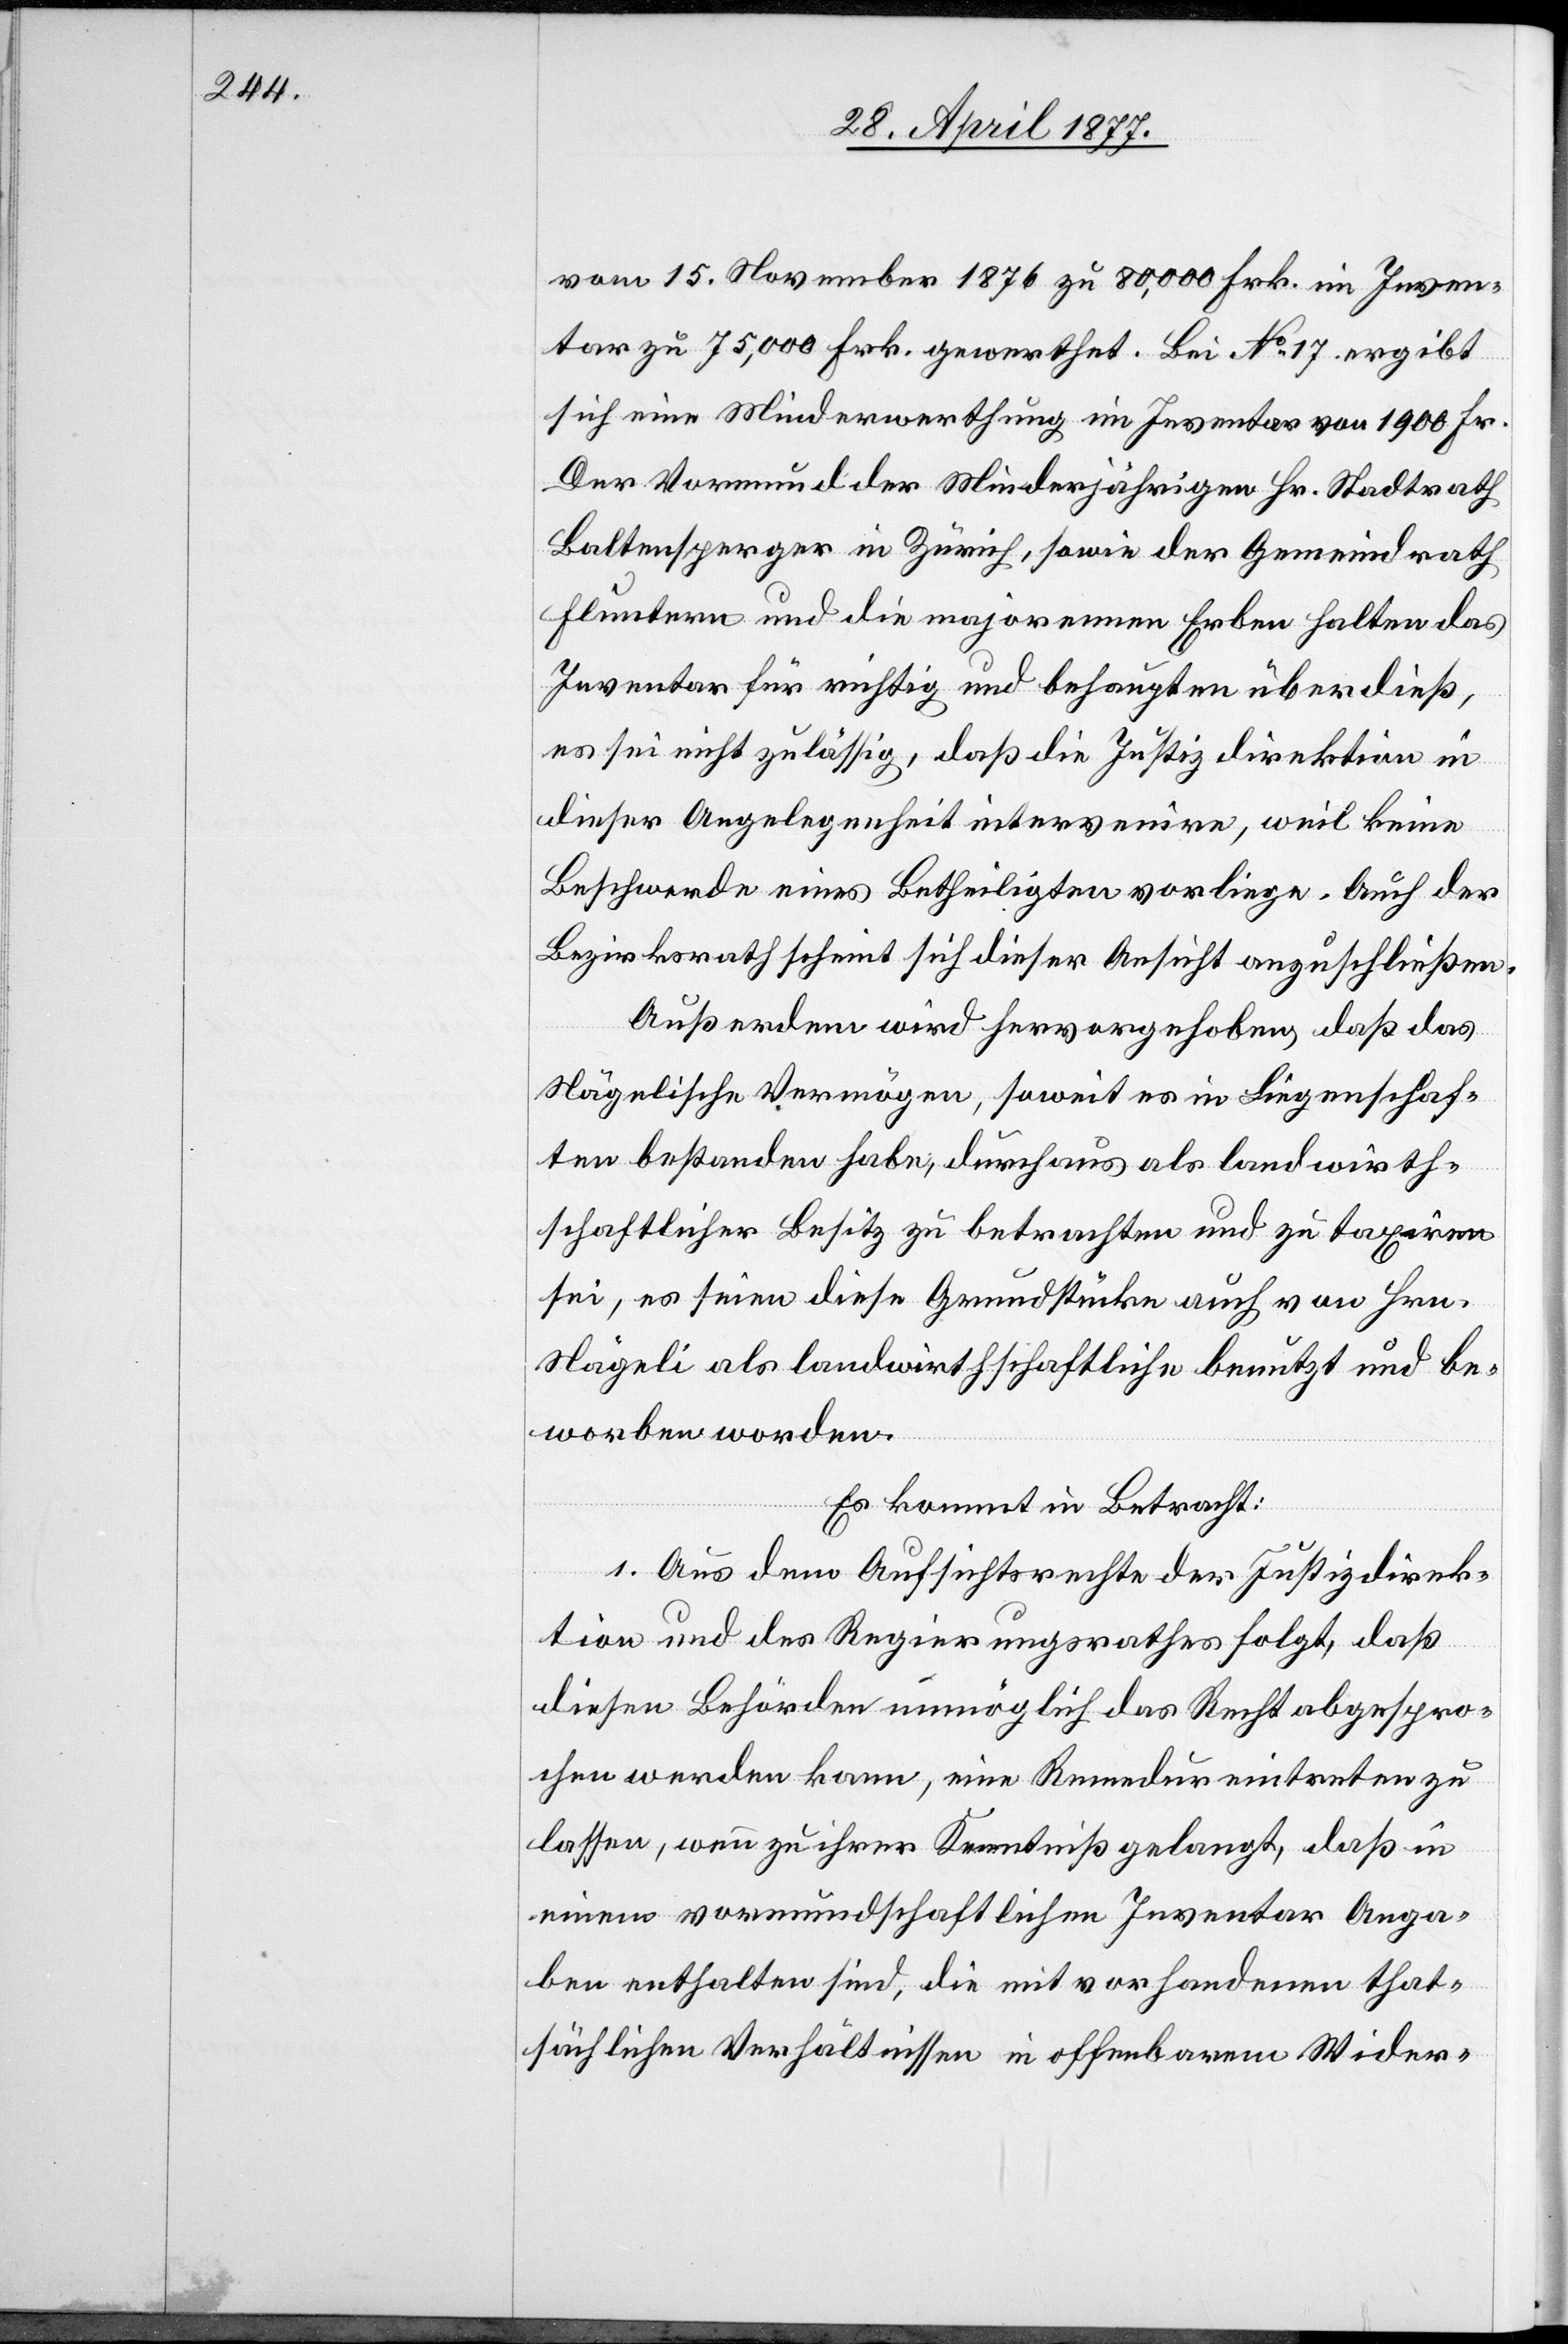
vom 15. November 1876 zu 80,000 Frk. im Inven¬
tar zu 75,000 Frk. gewerthet. Bei No 17 ergibt
sich eine Minderwerthung im Inventar von 1900 Fr.
Der Vormund der Minderjährigen[,] Hr. Stadtrath
Baltensberger in Zürich, sowie der Gemeindrath
Fluntern und die majorennen Erben halten das
Inventar für richtig und behaupten überdieß,
es sei nicht zulässig, daß die Justizdirektion in
dieser Angelegenheit intervenire, weil keine
Beschwerde eines Betheiligten vorliege. Auch der
Bezirksrath scheint sich dieser Ansicht anzuschließen.
Außerdem wird hervorgehoben, daß das
Nägelische Vermögen, soweit es in Liegenschaf¬
ten bestanden habe, durchaus als landwirth¬
schaftlicher Besitz zu betrachten und zu taxiren
sei, es seien diese Grundstücke auch von Hrn.
Nägeli als landwirthschaftliche benutzt und be¬
worben worden.
Es kommt in Betracht:
1. Aus dem Aufsichtsrechte der Justizdirek¬
tion und des Regierungsrathes folgt, daß
diesen Behörden unmöglich das Recht abgespro¬
chen werden kann, eine Remedur eintreten zu
lassen, wenn zu ihrer Kenntniß gelangt, daß in
einem vormundschaftlichen Inventar Anga¬
ben enthalten sind, die mit vorhandenen that¬
sächlichen Verhältnissen in offenbarem Wider-